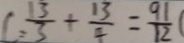
C : \frac { 1 3 } { 3 } + \frac { 1 3 } { 4 } = \frac { 9 1 } { 1 2 }